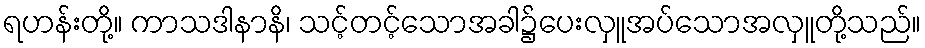
ရဟန်းတို့။ ကာသဒါနာနိ၊ သင့်တင့်သောအခါ၌ပေးလှူအပ်သောအလှူတို့သည်။